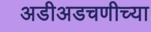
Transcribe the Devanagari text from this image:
अडीअडचणीच्या